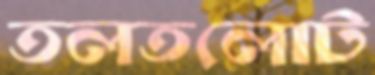
তলতলোট